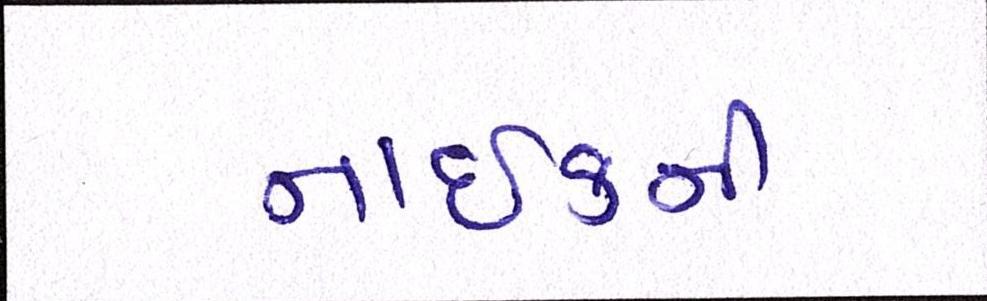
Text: નાઈકની